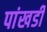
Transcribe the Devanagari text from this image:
पांखडी